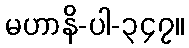
မဟာနိ-ပါ-၃၄၇။